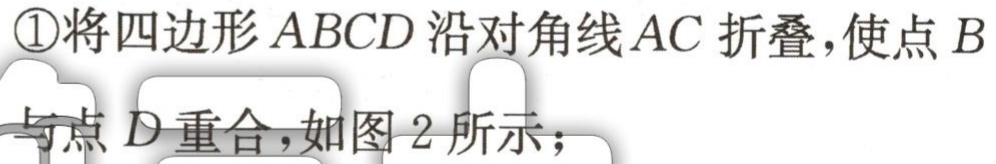
\textcircled{1}将四边形\(ABCD\)沿对角线\(AC\)折叠，使点\(B\)与点\(D\)重合，如图2所示；